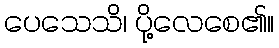
ပေသေသိ၊ ပို့လေစေ၏။